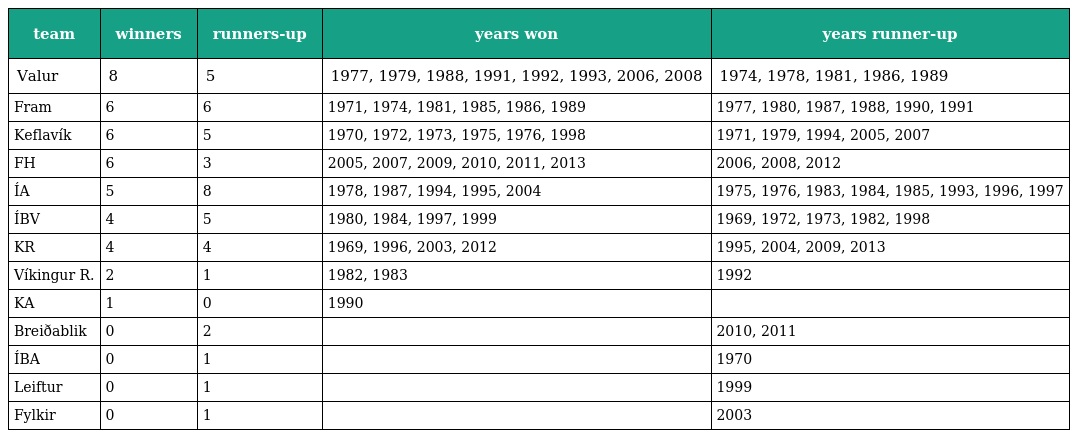
| team | winners | runners-up | years won | years runner-up |
 | --- | --- | --- | --- | --- |
 | Valur | 8 | 5 | 1977, 1979, 1988, 1991, 1992, 1993, 2006, 2008 | 1974, 1978, 1981, 1986, 1989 |
 | Fram | 6 | 6 | 1971, 1974, 1981, 1985, 1986, 1989 | 1977, 1980, 1987, 1988, 1990, 1991 |
 | Keflavík | 6 | 5 | 1970, 1972, 1973, 1975, 1976, 1998 | 1971, 1979, 1994, 2005, 2007 |
 | FH | 6 | 3 | 2005, 2007, 2009, 2010, 2011, 2013 | 2006, 2008, 2012 |
 | ÍA | 5 | 8 | 1978, 1987, 1994, 1995, 2004 | 1975, 1976, 1983, 1984, 1985, 1993, 1996, 1997 |
 | ÍBV | 4 | 5 | 1980, 1984, 1997, 1999 | 1969, 1972, 1973, 1982, 1998 |
 | KR | 4 | 4 | 1969, 1996, 2003, 2012 | 1995, 2004, 2009, 2013 |
 | Víkingur R. | 2 | 1 | 1982, 1983 | 1992 |
 | KA | 1 | 0 | 1990 |  |
 | Breiðablik | 0 | 2 |  | 2010, 2011 |
 | ÍBA | 0 | 1 |  | 1970 |
 | Leiftur | 0 | 1 |  | 1999 |
 | Fylkir | 0 | 1 |  | 2003 |